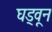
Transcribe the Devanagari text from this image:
घड्वून